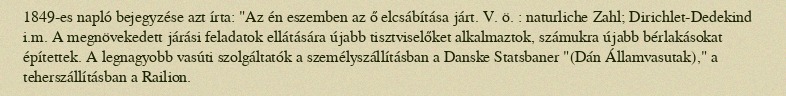
1849-es napló bejegyzése azt írta: "Az én eszemben az ő elcsábítása járt. V. ö. : naturliche Zahl; Dirichlet-Dedekind i.m. A megnövekedett járási feladatok ellátására újabb tisztviselőket alkalmaztok, számukra újabb bérlakásokat építettek. A legnagyobb vasúti szolgáltatók a személyszállításban a Danske Statsbaner "(Dán Államvasutak)," a teherszállításban a Railion.